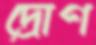
দ্রোণ